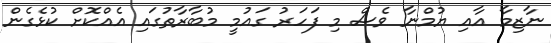
ނާޒިމާ އާއި ޔުމްނާ ވެސް މި ފަހަރު ގައުމީ މުބާރާތުގައި އެއްކޮށް ކުޅެގެން